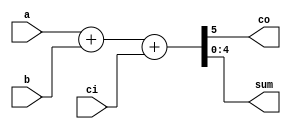
module Adder (a, b, ci, co, sum);
	parameter SIZE = 5;
	input [SIZE - 1:0] a, b;
	input ci;
	output [SIZE - 1:0] sum;
	output co;

	assign {co, sum} = a + b + ci;
endmodule